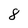
Character: 8